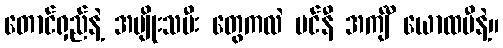
တောင်ရှည်နဲ့ အမျိုးသမီး တွေကလဲ ပင်နီ အင်္ကျီ ယောထမီနဲ့။